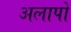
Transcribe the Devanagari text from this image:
अलापों